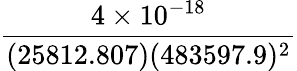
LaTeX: \frac{4\times 10^{-18}}{(25812.807)(483597.9)^{2}}